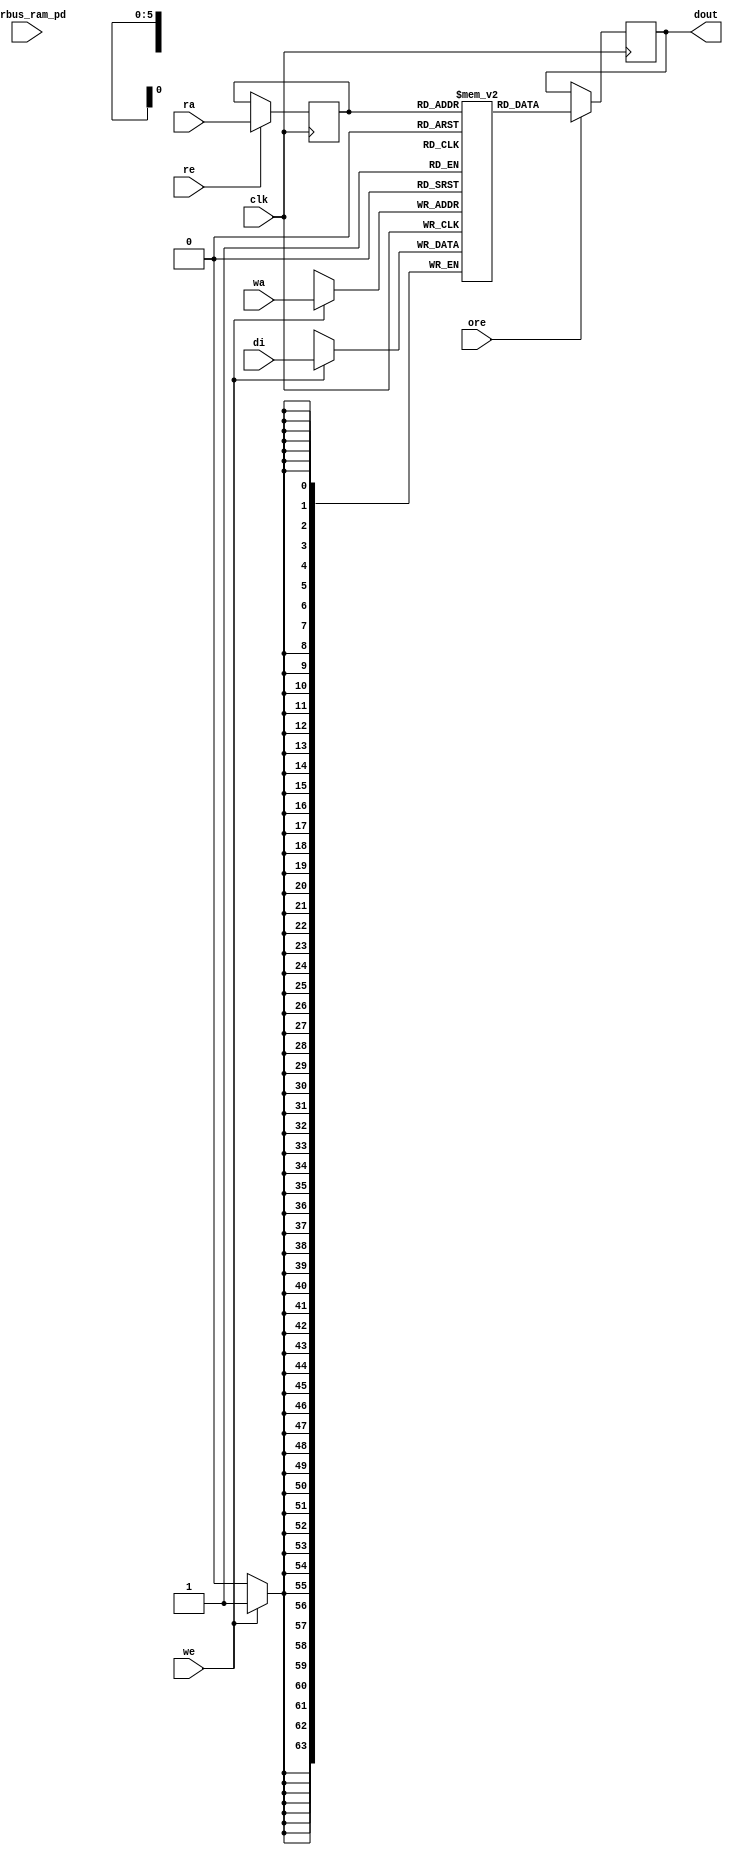
module nv_ram_rwsp_61x64 (
  clk,
  ra,
  re,
  ore,
  dout,
  wa,
  we,
  di,
  pwrbus_ram_pd
);
parameter FORCE_CONTENTION_ASSERTION_RESET_ACTIVE=1'b0;
// port list
input clk;
input [5:0] ra;
input re;
input ore;
output [63:0] dout;
input [5:0] wa;
input we;
input [63:0] di;
input [31:0] pwrbus_ram_pd;
//reg and wire list
reg [5:0] ra_d;
wire [63:0] dout;
reg [63:0] M [60:0];
always @( posedge clk ) begin
    if (we)
       M[wa] <= di;
end
always @( posedge clk ) begin
    if (re)
       ra_d <= ra;
end
wire [63:0] dout_ram = M[ra_d];
reg [63:0] dout_r;
always @( posedge clk ) begin
   if (ore)
       dout_r <= dout_ram;
end
assign dout = dout_r;
endmodule